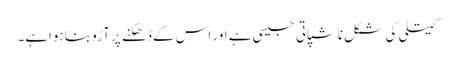
کیتلی کی شکل ناشپاتی جیسی ہے اور اس کے ڈھکنے پر آڑو بناہواہے۔